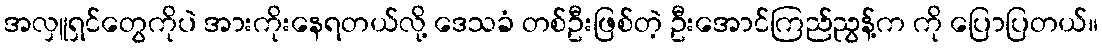
အလှူရှင်တွေကိုပဲ အားကိုးနေရတယ်လို့ ဒေသခံ တစ်ဦးဖြစ်တဲ့ ဦးအောင်ကြည်ညွန့်က ကို ပြောပြတယ်။